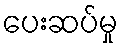
ပေးဆပ်မှု